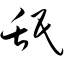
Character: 舐